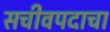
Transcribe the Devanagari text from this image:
सचीवपदाचा